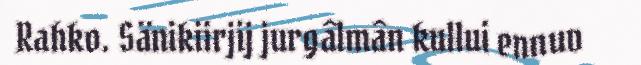
Rahko. Sänikiirjij jurgâlmân kullui ennuv